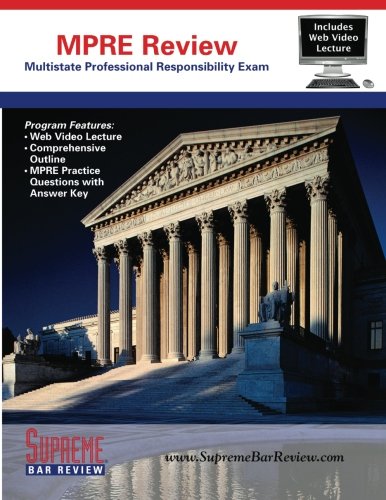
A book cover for Supreme Bar Review MPRE Review: for the Multistate Professional Responsibility Exam; Supreme Bar Review; Test Preparation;